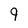
Character: 9